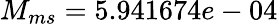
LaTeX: M_{ms}=5.941674e-04